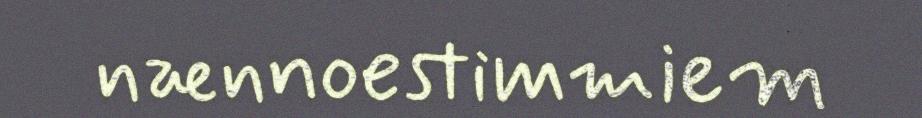
nænnoestimmiem